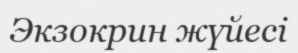
Экзокрин жүйесі